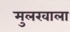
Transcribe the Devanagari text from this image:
मुलखाला